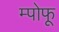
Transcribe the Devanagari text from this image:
म्पोफू